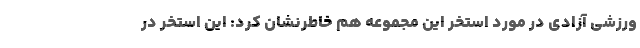
ورزشی آزادی در مورد استخر این مجموعه هم خاطرنشان کرد: این استخر در